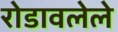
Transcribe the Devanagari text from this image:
रोडावलेले